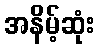
အနိမ့်ဆုံး